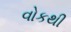
વોકથી